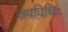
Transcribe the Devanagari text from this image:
जपविधिः